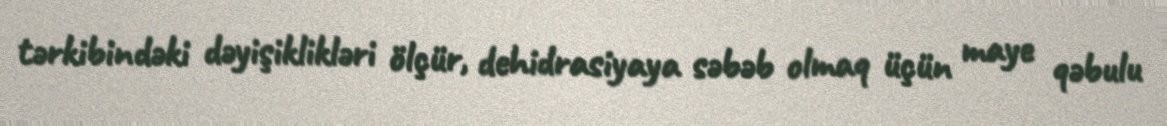
tərkibindəki dəyişiklikləri ölçür, dehidrasiyaya səbəb olmaq üçün maye qəbulu